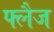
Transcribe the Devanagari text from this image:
फ्लैज